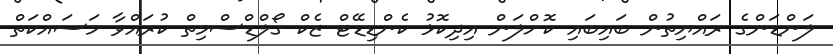
ލަންޑަންގެ ރައްޔިތުން ބައިބައި ކޮށްލަން އިދިކޮޅު ކެންޑިޑޭޓް ޒެކް ގޯލްޑްސްމިތް ކުރައްވާ މަސައްކަތް